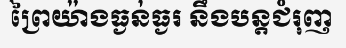
ព្រៃយ៉ាងធ្ងន់ធ្ងរ នឹងបន្តជំរុញ